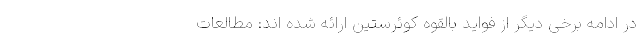
در ادامه برخی دیگر از فواید بالقوه کوئرستین ارائه شده اند: مطالعات